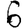
Digit: 6